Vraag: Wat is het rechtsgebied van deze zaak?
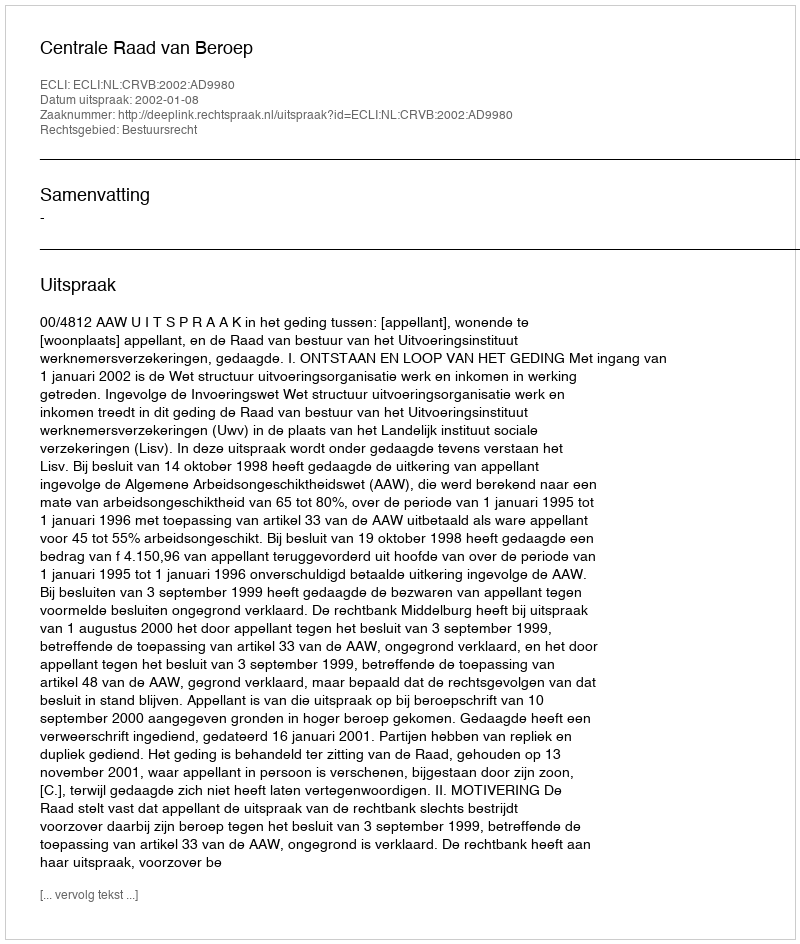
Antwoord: Bestuursrecht